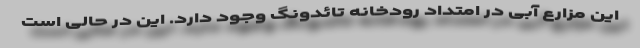
این مزارع آبی در امتداد رودخانه تائدونگ وجود دارد. این در حالی است